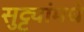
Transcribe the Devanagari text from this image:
सुट्ट्यांमधे